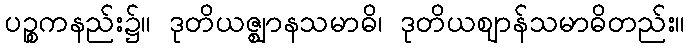
ပဉ္စကနည်း၌။ ဒုတိယဇ္ဈာနသမာဓိ၊ ဒုတိယဈာန်သမာဓိတည်း။